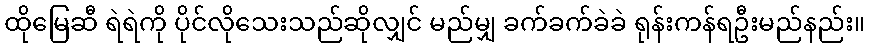
ထိုမြေဆီ ရဲရဲကို ပိုင်လိုသေးသည်ဆိုလျှင် မည်မျှ ခက်ခက်ခဲခဲ ရုန်းကန်ရဦးမည်နည်း။